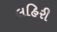
લહિરી